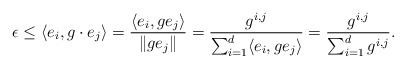
\begin{align*} \epsilon \leq \langle e_i, g \cdot e_j \rangle= \frac{ \langle e_i, g e_j \rangle }{\|g e_j\|} = \frac{g^{i,j}}{ \sum_{i=1}^d \langle e_i, g e_j \rangle }= \frac{g^{i,j}}{ \sum_{i=1}^d g^{i,j} }.\end{align*}